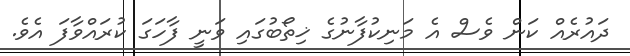
ދައުރެއް ކަން ވެސް އެ މަނިކުފާނުގެ ޚިތޯބުގައި ވަނީ ފާހަގަ ކުރައްވާފަ އެވެ.